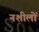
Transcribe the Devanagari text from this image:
नशीलों